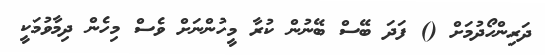
ދަރިންހޯދުމަށް () ފަދަ ބޭސް ބޭނުން ކުރާ މީހުންނަށް ވެސް މިހެން ދިމާވުމަކީ